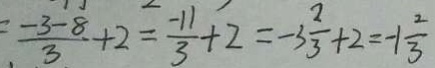
= \frac { - 3 - 8 } { 3 } + 2 = \frac { - 1 1 } { 3 } + 2 = - 3 \frac { 2 } { 3 } + 2 = - 1 \frac { 2 } { 3 }